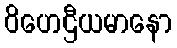
ဝိဟေဌီယမာနော